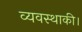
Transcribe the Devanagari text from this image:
व्यवस्थाकी।